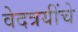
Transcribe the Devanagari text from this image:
वेदत्रयींचे